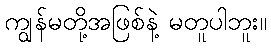
ကျွန်မတို့အဖြစ်နဲ့ မတူပါဘူး။